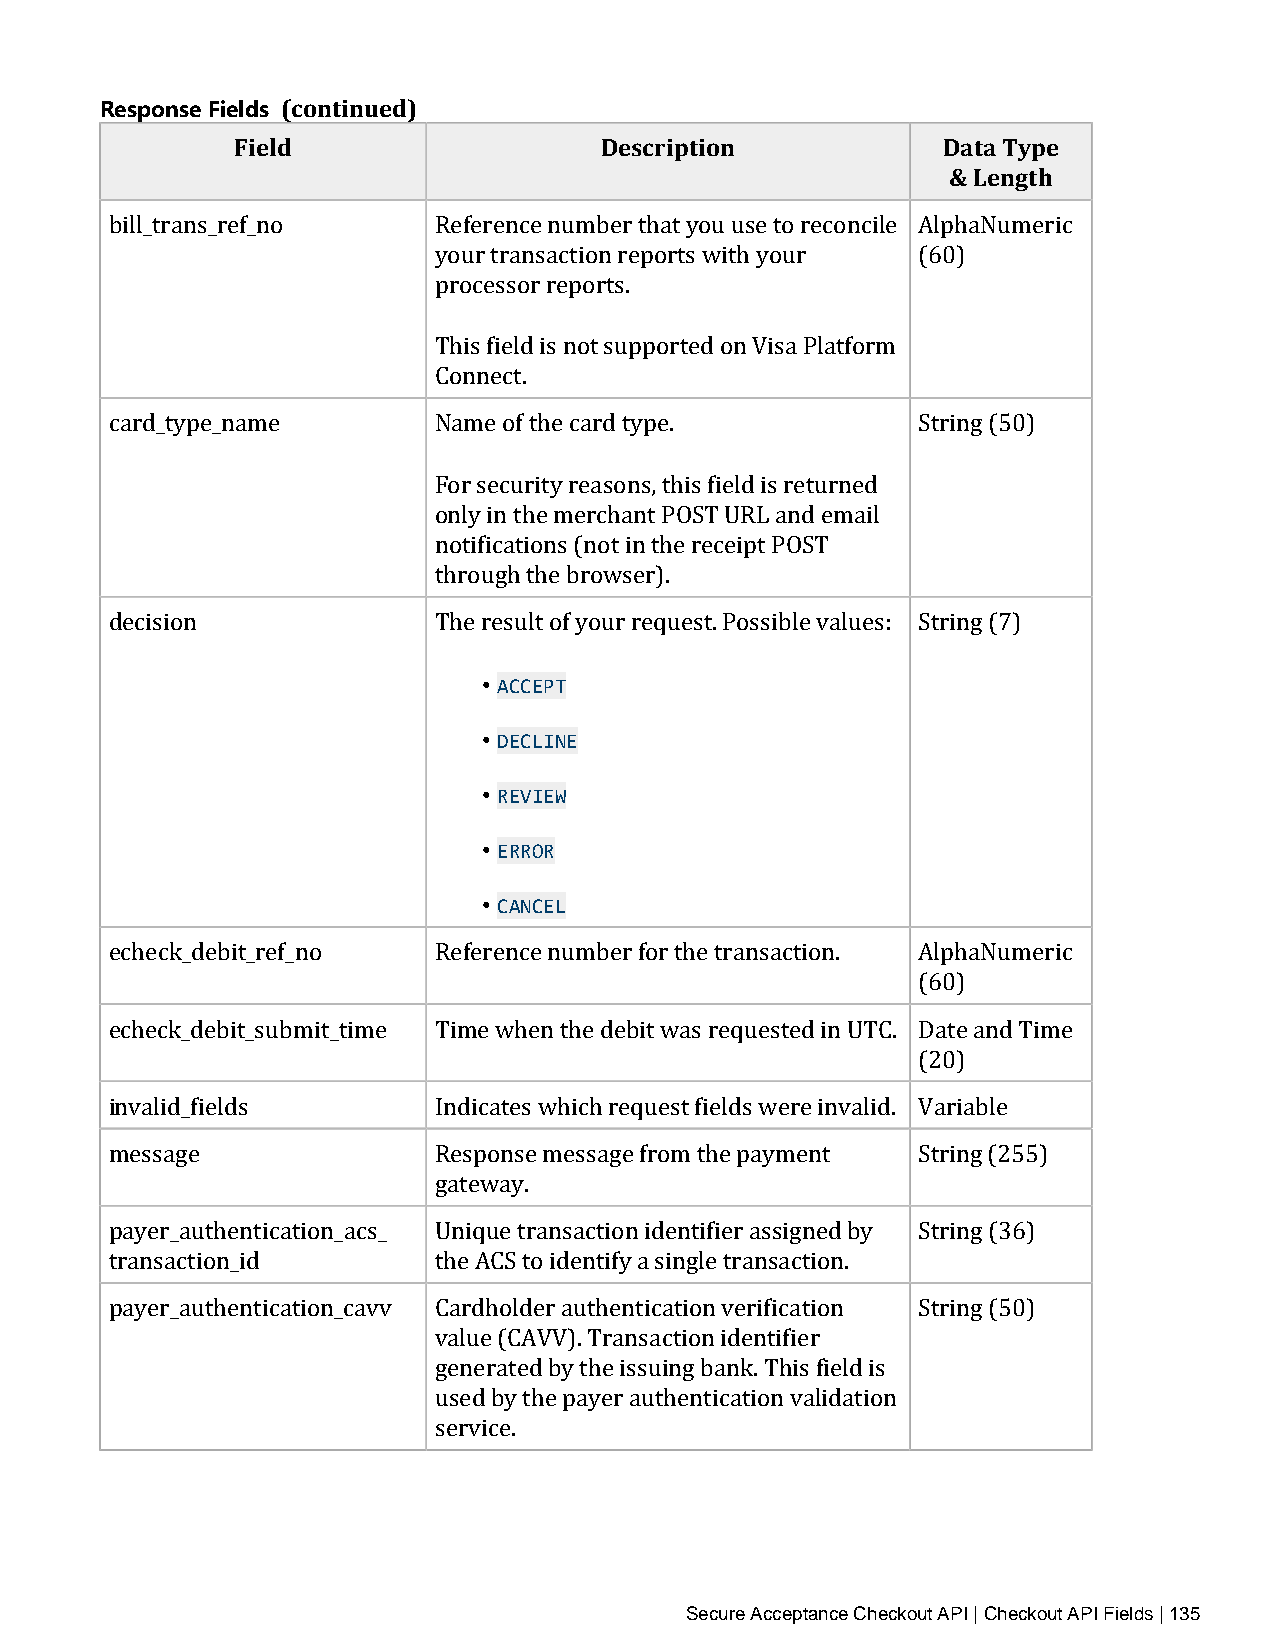
Response Fields (continued)
 Field                   Description           Data Type
 & Length
 bill_trans_ref_no     Reference number that you use to reconcile AlphaNumeric
 your transaction reports with your (60)
 processor reports.
 This field is not supported on Visa Platform
 Connect.
 card_type_name        Name of the card type.          String (50)
 For security reasons, this field is returned
 only in the merchant POST URL and email
 notifications (not in the receipt POST
 through the browser).
 decision              The result of your request. Possible values: String (7)
 • ACCEPT
 • DECLINE
 • REVIEW
 • ERROR
 • CANCEL
 echeck_debit_ref_no   Reference number for the transaction. AlphaNumeric
 (60)
 echeck_debit_submit_time Time when the debit was requested in UTC. Date and Time
 (20)
 invalid_fields        Indicates which request fields were invalid. Variable
 message               Response message from the payment String (255)
 gateway.
 payer_authentication_acs_ Unique transaction identifier assigned by String (36)
 transaction_id        the ACS to identify a single transaction.
 payer_authentication_cavv Cardholder authentication verification String (50)
 value (CAVV). Transaction identifier
 generated by the issuing bank. This field is
 used by the payer authentication validation
 service.
 Secure Acceptance Checkout API | Checkout API Fields | 135